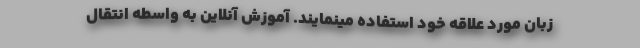
زبان مورد علاقه خود استفاده مینمایند. آموزش آنلاین به واسطه انتقال